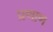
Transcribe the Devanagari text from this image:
प्रणाण